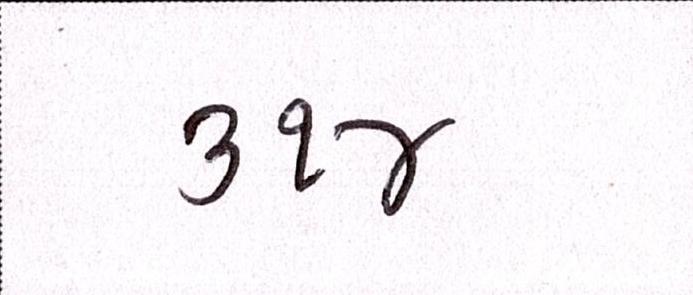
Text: ૩૧૪